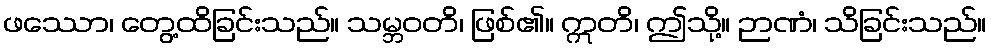
ဖဿော၊ တွေ့ထိခြင်းသည်။ သမ္ဘဝတိ၊ ဖြစ်၏။ ဣတိ၊ ဤသို့။ ဉာဏံ၊ သိခြင်းသည်။